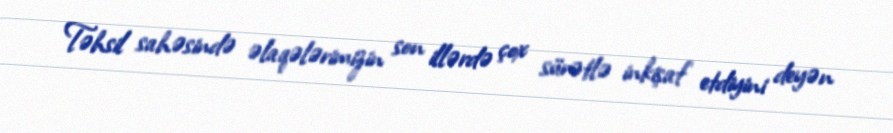
Təhsil sahəsində əlaqələrimizin son illərdə çox sürətlə inkişaf etdiyini deyən